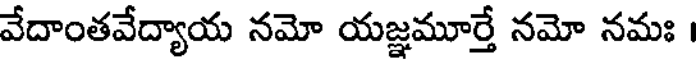
వేదాంతవేద్యాయ నమో యజ్ఞమూర్తే నమో నమః